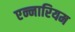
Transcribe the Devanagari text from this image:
एन्नारियम